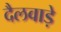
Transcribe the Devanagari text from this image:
दैलवाड़े